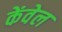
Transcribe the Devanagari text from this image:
केंवेल